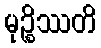
မုဉ္စိဿတိ